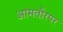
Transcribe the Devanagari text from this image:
आमतौरपर